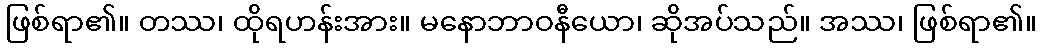
ဖြစ်ရာ၏။ တဿ၊ ထိုရဟန်းအား။ မနောဘာဝနီယော၊ ဆိုအပ်သည်။ အဿ၊ ဖြစ်ရာ၏။